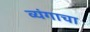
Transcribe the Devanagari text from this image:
व्यंगाचा